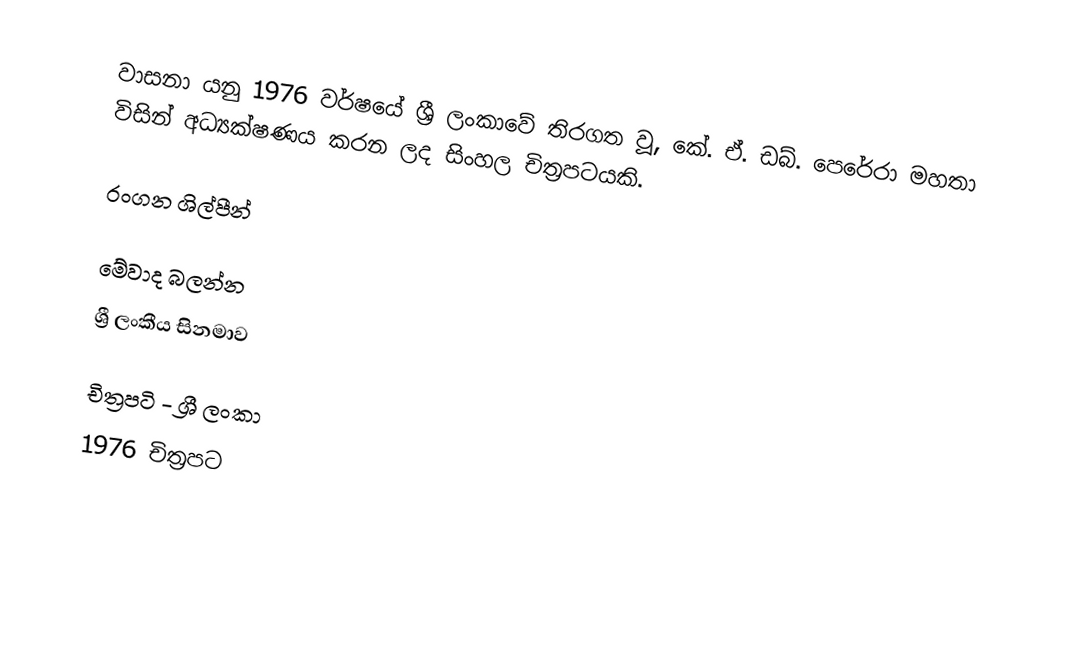
වාසනා යනු 1976 වර්ෂයේ ශ්‍රී ලංකාවේ තිරගත වූ, කේ. ඒ. ඩබ්. පෙරේරා මහතා විසින් අධ්‍යක්ෂණය කරන ලද සිංහල චිත්‍රපටයකි.

රංගන ශිල්පීන්

මේවාද බලන්න
ශ්‍රී ලංකීය සිනමාව

චිත්‍රපටි - ශ්‍රී ලංකා
1976 චිත්‍රපට